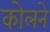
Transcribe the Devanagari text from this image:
कोलने